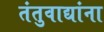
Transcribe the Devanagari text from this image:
तंतुवाद्यांना